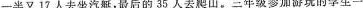
一半又17人去坐汽艇，最后的35人去爬山。三年级参加游玩的学生一